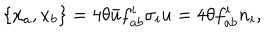
\{ x _ { a } , x _ { b } \} = 4 \theta { \bar { u } } f _ { a b } ^ { i } \sigma _ { i } u = 4 \theta f _ { a b } ^ { i } n _ { i } ,